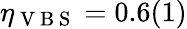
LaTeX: \eta_{\mathrm{~V~B~S~}}=0.6(1)